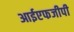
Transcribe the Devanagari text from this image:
आईएफजीपी